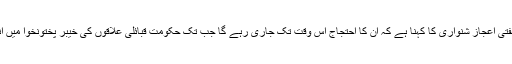
فاٹا میں جے یو آئی کے جنرل سیکریٹری مفتی اعجاز شنواری کا کہنا ہے کہ ان کا احتجاج اس وقت تک جاری رہے گا جب تک حکومت قبائلی علاقوں کی خیبر پختونخوا میں انضمام نہ کرنے کا واضح اعلان نہیں کرتی۔